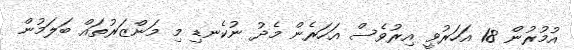
އުމުރުން 18 އަހަރުވީ އިރުވެސް އަހަރެން މެދު ނުކެނޑި މި މަންޒަރުތައް ބަލަމުން